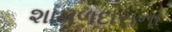
શામળદાસના